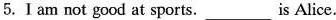
5.Ⅰam not good at sports. ___ is Alice.